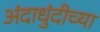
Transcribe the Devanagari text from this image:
अंदाधुंदीच्या